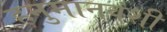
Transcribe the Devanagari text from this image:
हनुमानवंशी